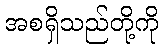
အစရှိသည်တို့ကို